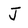
Character: J